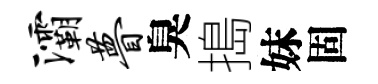
灞瞢臭搗妹固